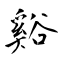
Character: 谿